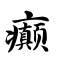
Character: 癫